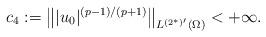
LaTeX: \begin{align*}c_4:=\left\||u_0|^{(p-1)/(p+1)}\right\|_{L^{(2^*)'}(\Omega)}<+\infty.\end{align*}